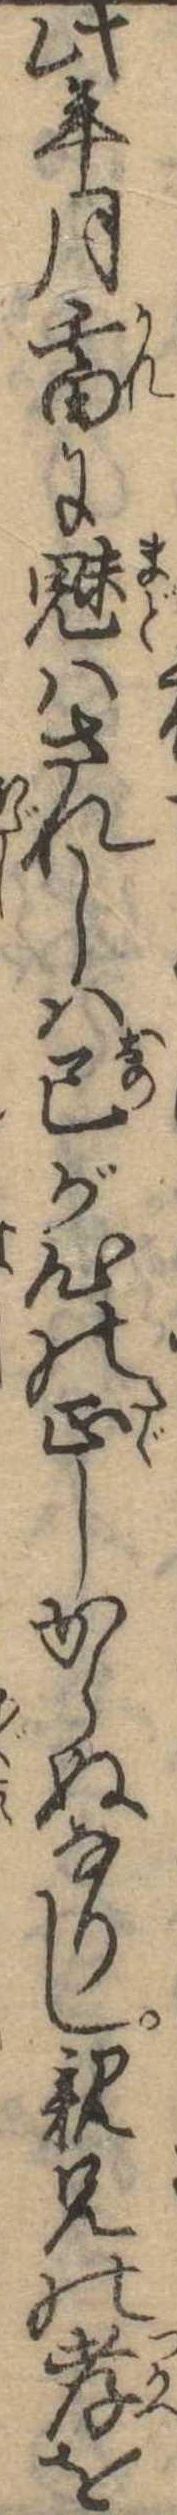
此年月畜に魅はされしは己が心の正しからぬなりし親兄の孝を